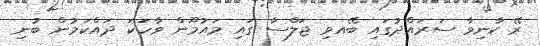
ރޭ ކާނިވާ ސަރައްދުގައި ބޭއވި ޖަލްސާ ގައި މައުމޫން ވާހަކަ ދައްކަމުން ބުނި